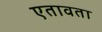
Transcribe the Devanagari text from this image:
एतावता